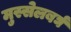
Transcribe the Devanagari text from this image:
मुस्सेलबर्घ